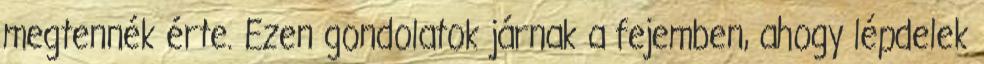
megtennék érte. Ezen gondolatok járnak a fejemben, ahogy lépdelek